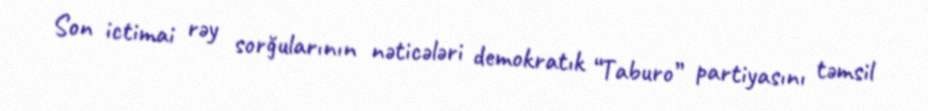
Son ictimai rəy sorğularının nəticələri demokratık “Taburo” partiyasını təmsil